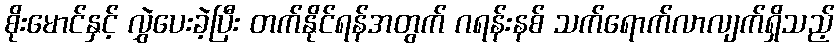
စိုးမောင်နှင့် လွှဲပေးခဲ့ပြီး တက်နိုင်ရန်အတွက် ဂရန်းနစ် သက်ရောက်လာလျက်ရှိသည့်